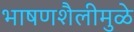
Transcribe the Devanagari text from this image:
भाषणशैलीमुळे